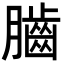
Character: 𦢠